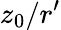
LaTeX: z_{0}/r^{\prime}